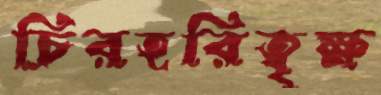
চিরহরিত্বৃক্ষ